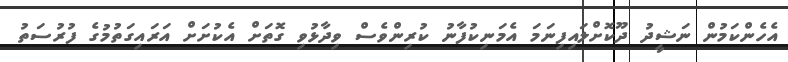
އެހެންކަމުން ނަޝީދު ދޫކޮށްލައިފިނަމަ އެމަނިކުފާނު ކުރިންވެސް ވިދާޅުވި ގޮތަށް އެކުށަށް އަރައިގަތުމުގެ ފުރުސަތު